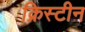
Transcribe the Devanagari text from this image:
क्रिस्‍टीन